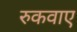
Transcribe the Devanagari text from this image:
रुकवाए